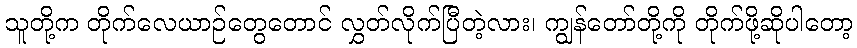
သူတို့က တိုက်လေယာဉ်တွေတောင် လွှတ်လိုက်ပြီတဲ့လား၊ ကျွန်တော်တို့ကို တိုက်ဖို့ဆိုပါတော့